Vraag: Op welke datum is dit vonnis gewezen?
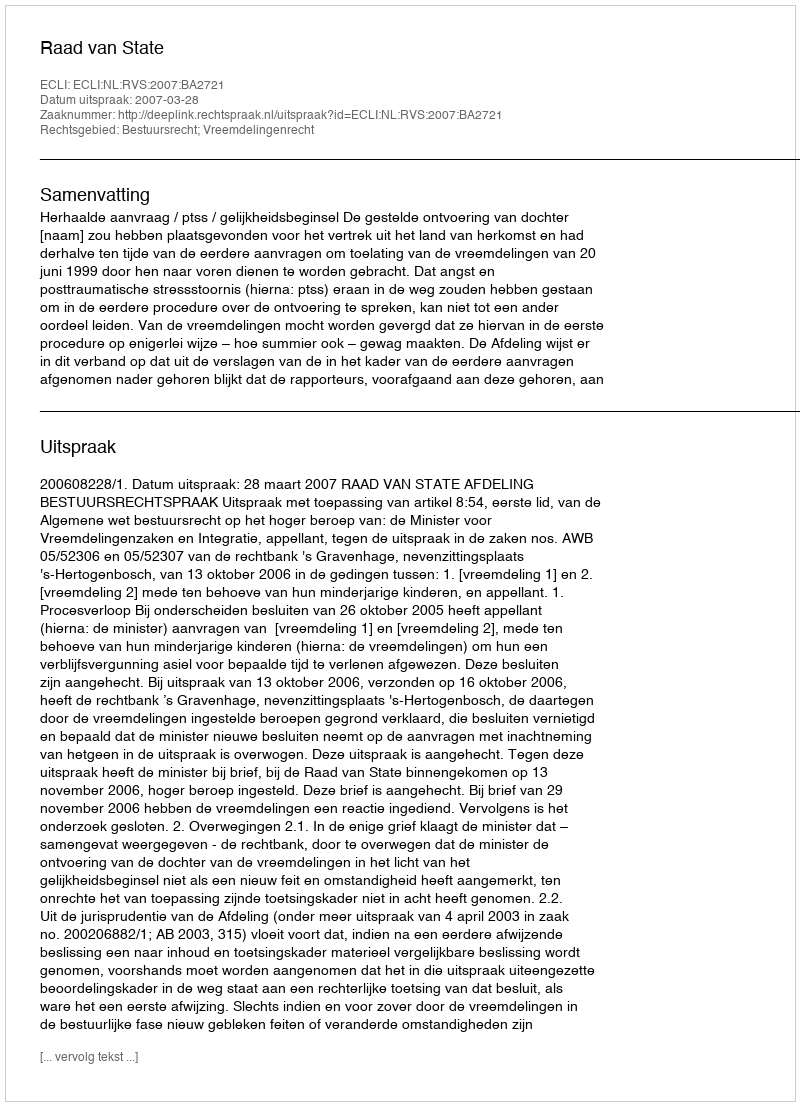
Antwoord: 2007-03-28